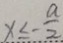
x \leq - \frac { a } { 2 }